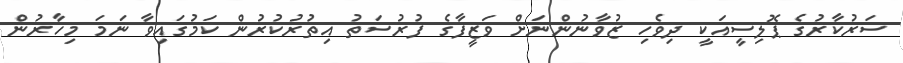
ސަރުކާރުގެ ޕޮލިސީއަކީ ދިވެހި ޒުވާނުންނަށް ވަޒީފާގެ ފުރުސަތު އިތުރުކުރުން ކަމުގައިވާ ނަމަ މިހާރުން